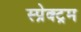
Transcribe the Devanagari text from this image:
स्प्रेक्ट्रम